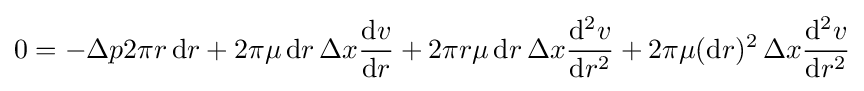
0=-\Delta p2\pi r\,\mathrm {d} r+2\pi \mu \,\mathrm {d} r\,\Delta x{\frac {\mathrm {d} v}{\mathrm {d} r}}+2\pi r\mu \,\mathrm {d} r\,\Delta x{\frac {\mathrm {d} ^{2}v}{\mathrm {d} r^{2}}}+2\pi \mu (\mathrm {d} r)^{2}\,\Delta x{\frac {\mathrm {d} ^{2}v}{\mathrm {d} r^{2}}}